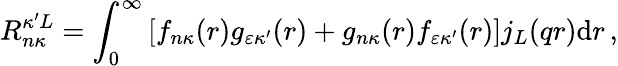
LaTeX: R_{n\kappa}^{\kappa^{\prime}L}=\int_{0}^{\infty}\left[f_{n\kappa}{(r)}g_{\varepsilon\kappa^{\prime}}{(r)}+g_{n\kappa}{(r)}f_{\varepsilon\kappa^{\prime}}{(r)}\right]j_{L}{(qr)}\mathrm{d}r\, ,